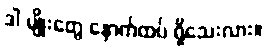
ဒါ မျိုးတွေ နောက်ထပ် ရှိသေးလား။